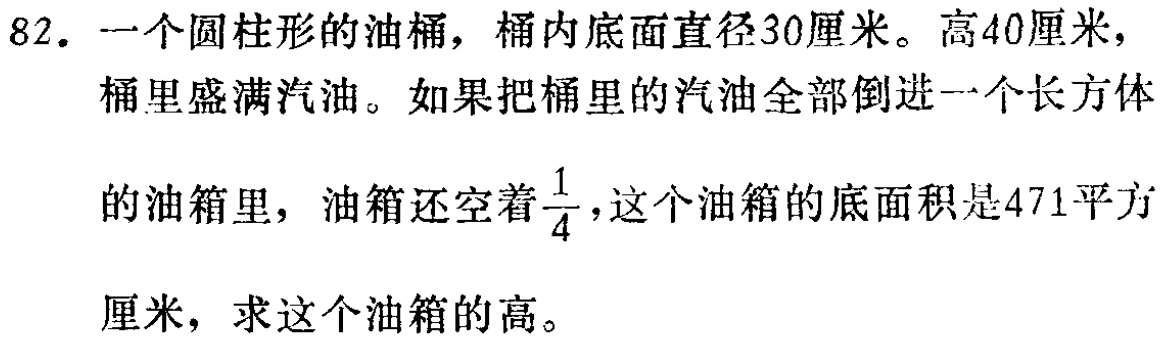
82. 一个圆柱形的油桶，桶内底面直径30厘米。高40厘米，桶里盛满汽油。如果把桶里的汽油全部倒进一个长方体的油箱里，油箱还空着$\frac{1}{4}$，这个油箱的底面积是471平方厘米，求这个油箱的高。